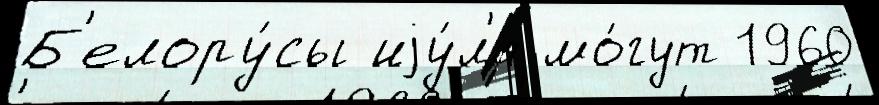
Б'елору́сы иjу́л'я мо́гут 1960